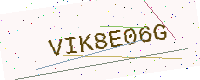
Text: VIK8E06G